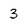
Character: 3